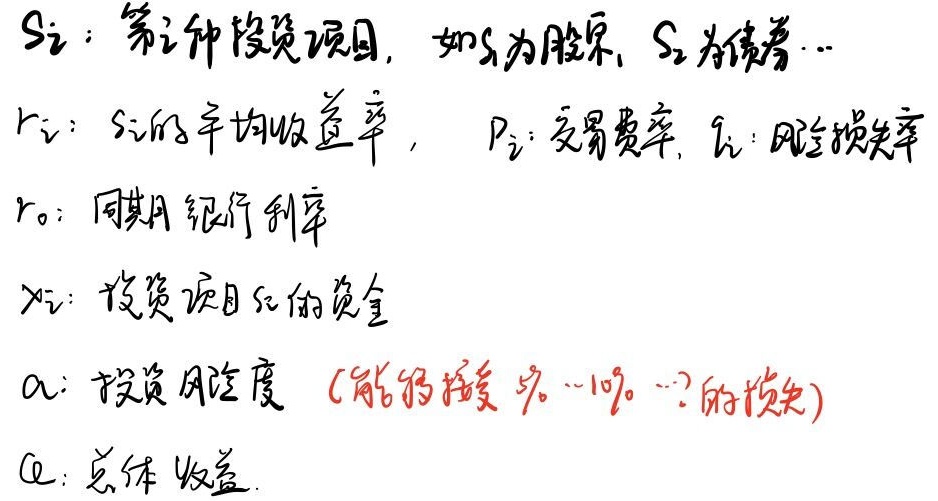
\(S_i\)：第\(i\)种投资项目，如\(S_1\)为股票，\(S_2\)为债券…

\(r_i\)：\(S_i\)的平均收益率，\(p_i\)：交易费率，\(q_i\)：风险损失率

\(r_0\)：同期银行利率

\(x_i\)：投资项目\(S_i\)的资金

\(\alpha\)：投资风险度（能够接受\(\%\)…\(10\%\)…？的损失）

\(Q\)：总体收益